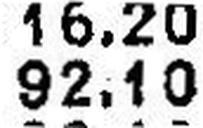
92.10